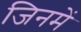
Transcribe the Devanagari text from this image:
जिनमंे